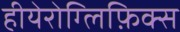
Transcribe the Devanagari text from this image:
हीयेरोग्लिफ़िक्स